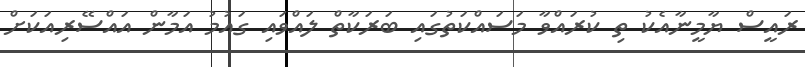
ރައީސް ޔާމީނާއެކު ތި ކުރައްވާ މަސައްކަތުގައި ބަރަކާތް ލައްވައި ގައުމު އަމާން އައްސޭރިއަކަށް